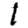
Digit: 1